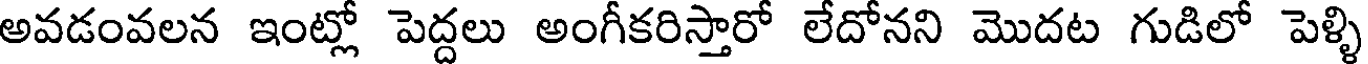
అవడంవలన ఇంట్లో పెద్దలు అంగీకరిస్తారో లేదోనని మొదట గుడిలో పెళ్ళి